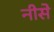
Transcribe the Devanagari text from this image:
नीसे